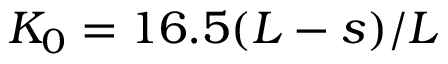
K _ { 0 } = 1 6 . 5 ( L - s ) / L